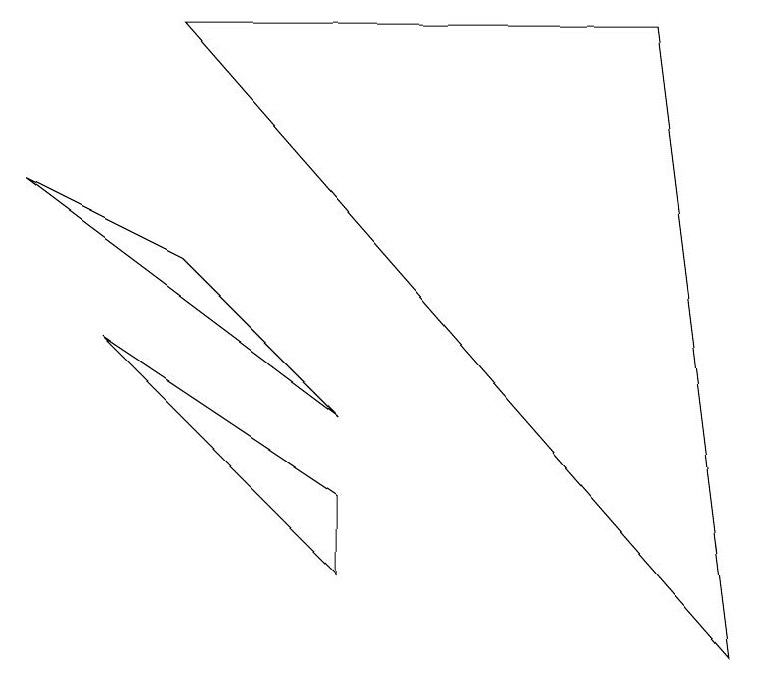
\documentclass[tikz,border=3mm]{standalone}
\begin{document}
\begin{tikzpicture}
\draw (2,5) -- (0,6) -- (4,3) -- cycle;
\draw (2,8) -- (8,8) -- (9,0) -- cycle;
\draw (4,1) -- (1,4) -- (4,2) -- cycle;
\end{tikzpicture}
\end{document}